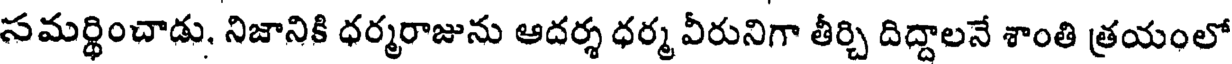
సమర్థించాడు, నిజానికి ధర్మరాజును ఆదర్శ ధర్మ వీరునిగా తీర్చి దిద్దాలనే శాంతి త్రయంలో